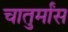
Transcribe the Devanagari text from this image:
चातुर्मांस